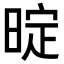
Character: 𭦤